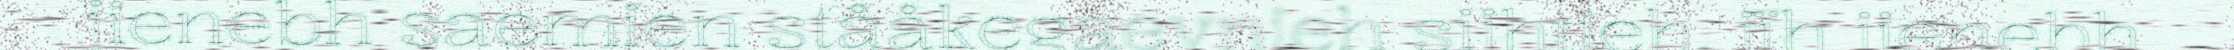
jienebh saemien stååkegaevnieh sijhtieh, jïh jienebh